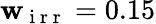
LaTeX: \mathbf{w}_{\mathrm{{~i~r~r~}}}=0.15